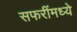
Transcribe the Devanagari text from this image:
सफरींमध्ये